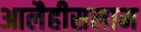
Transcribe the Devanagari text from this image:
आलैहीसलाम